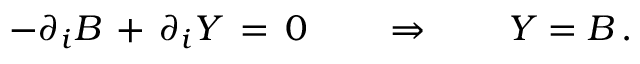
- \partial _ { i } B \, + \, \partial _ { i } Y \, = \, 0 \qquad \Rightarrow \qquad Y = B \, .